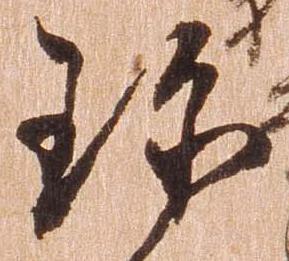
珍